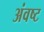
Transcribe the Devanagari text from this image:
अंवष्ट